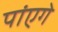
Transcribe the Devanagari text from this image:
पांएगे